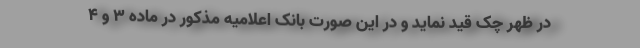
در ظهر چک قید نماید و در این صورت بانک اعلامیه مذکور در ماده ۳ و ۴